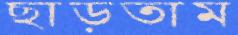
ছাড়তাম